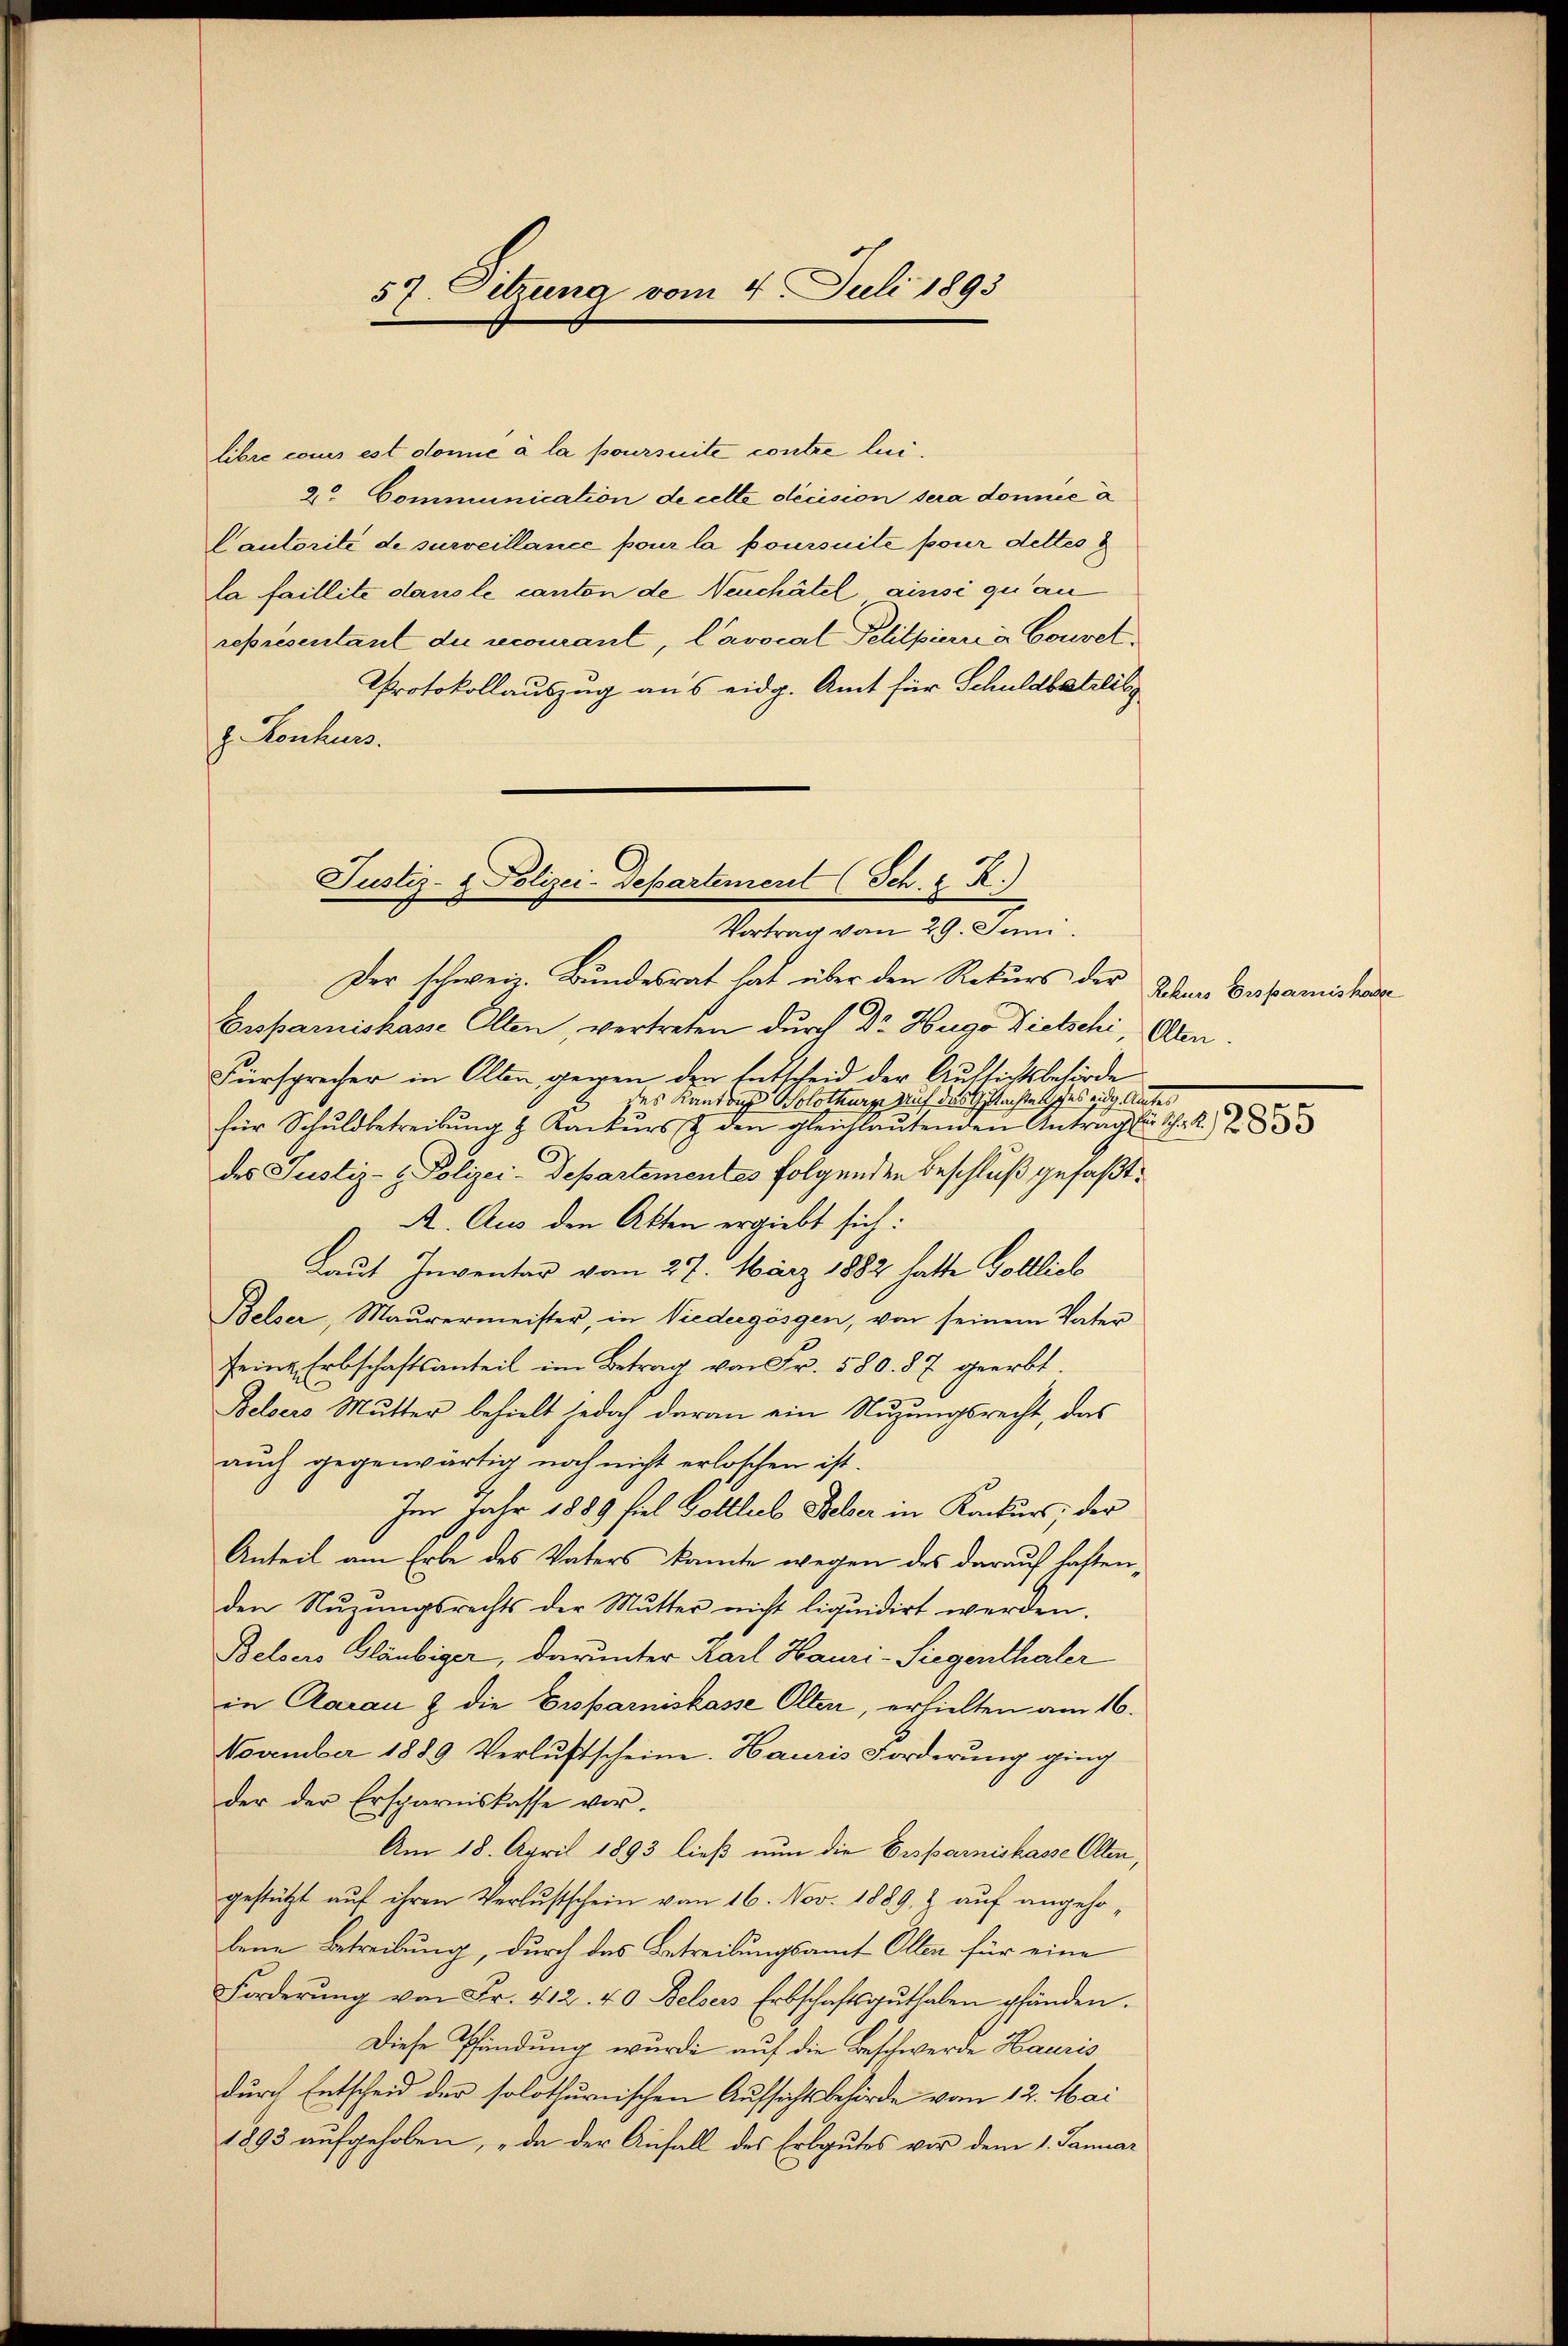
57. Sitzung vom 4. Juli 1893

libre comis est domić à la poursuite contre lui-
2° Communication de cette décision sera donnée à
Cautorité de surveillance pour la poursuite pour dettes
la faillite dans le canton de Neuchâtel, ainsi quan
représentant die recourant, l’avocal Pelilpierra Couvet.
Protokollauszug aus eidg. Amt für Schuldbetreibs
z. Konkurs.

Justiz- & Polizei-Departement (Sch. 2. R.)
Vortrag von 29. Juni.

Der schweiz. Bundesrat hat über den Rekurs der
Ersparniskasse Olten, vertreten durch Dr Hugo Dietschi, Alten
Fürsprecher in Alten gegen den Entscheid der Aufsichtsbehörde
des Kantons Solothurge auf das Gestachtes des eidg. Amtes
für Schuldbetreibŭng z. Konkŭrs & den gleichlaŭtenden Antrag für Schat. 283
des Justiz- & Polizei-Departementes folgenden Beschluß gefaßt:
A. Aus den Akten ergiebt sich:
Laut Inventar vom 27. März 1882 hatte Golllich
Belser, Maŭrermeister, in Viedergösgen, von seinem Vater
seine Erbschaftsanteil im Betrag von Fr. 580. 87 geerbt.
Belsers Mutter behielt jedoch daran ein Nuzungsrecht, das
auch gegenwärtig noch nicht erloschen ist.
Im Jahr 1889 fiel Gottlieb Beber in Konkurs, der
Anteil am Erbe des Vaters kannte wegen des darauf haftenden Nuzungsrechts der Mutter nicht liquidirt werden.
Belsers Gläubiger, darunter Karl Hauri-Siegenthaler
in Aarau & die Ersparniskasse Olten, erhielten am 16.
November 1889 Verluftscheine. Hauris Forderung ging
der der Ersparniskasse vor-
Am 18. April 1893 ließ nun die Ersparniskasse Olten,
gestützt aŭf ihren Verlustschein vom 16. Nov. 1889. & auf angehobene Betreibung, durch das Betreibungsamt Olten für eine
Forderŭng von Fr. 412. 40 Felsers Erbschaftsguthaben pfänden.
Diese Pfändung wurde auf die Beschwerde Hauris
durch Entscheid der solothurnischen Aufsichtsbehörde vom 12. Mai
1893 aufgehoben, „da der Anfall des Erbgutes vor dem 1. Januar

Rekurs Ersparnishasse
n
.